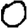
Digit: 0